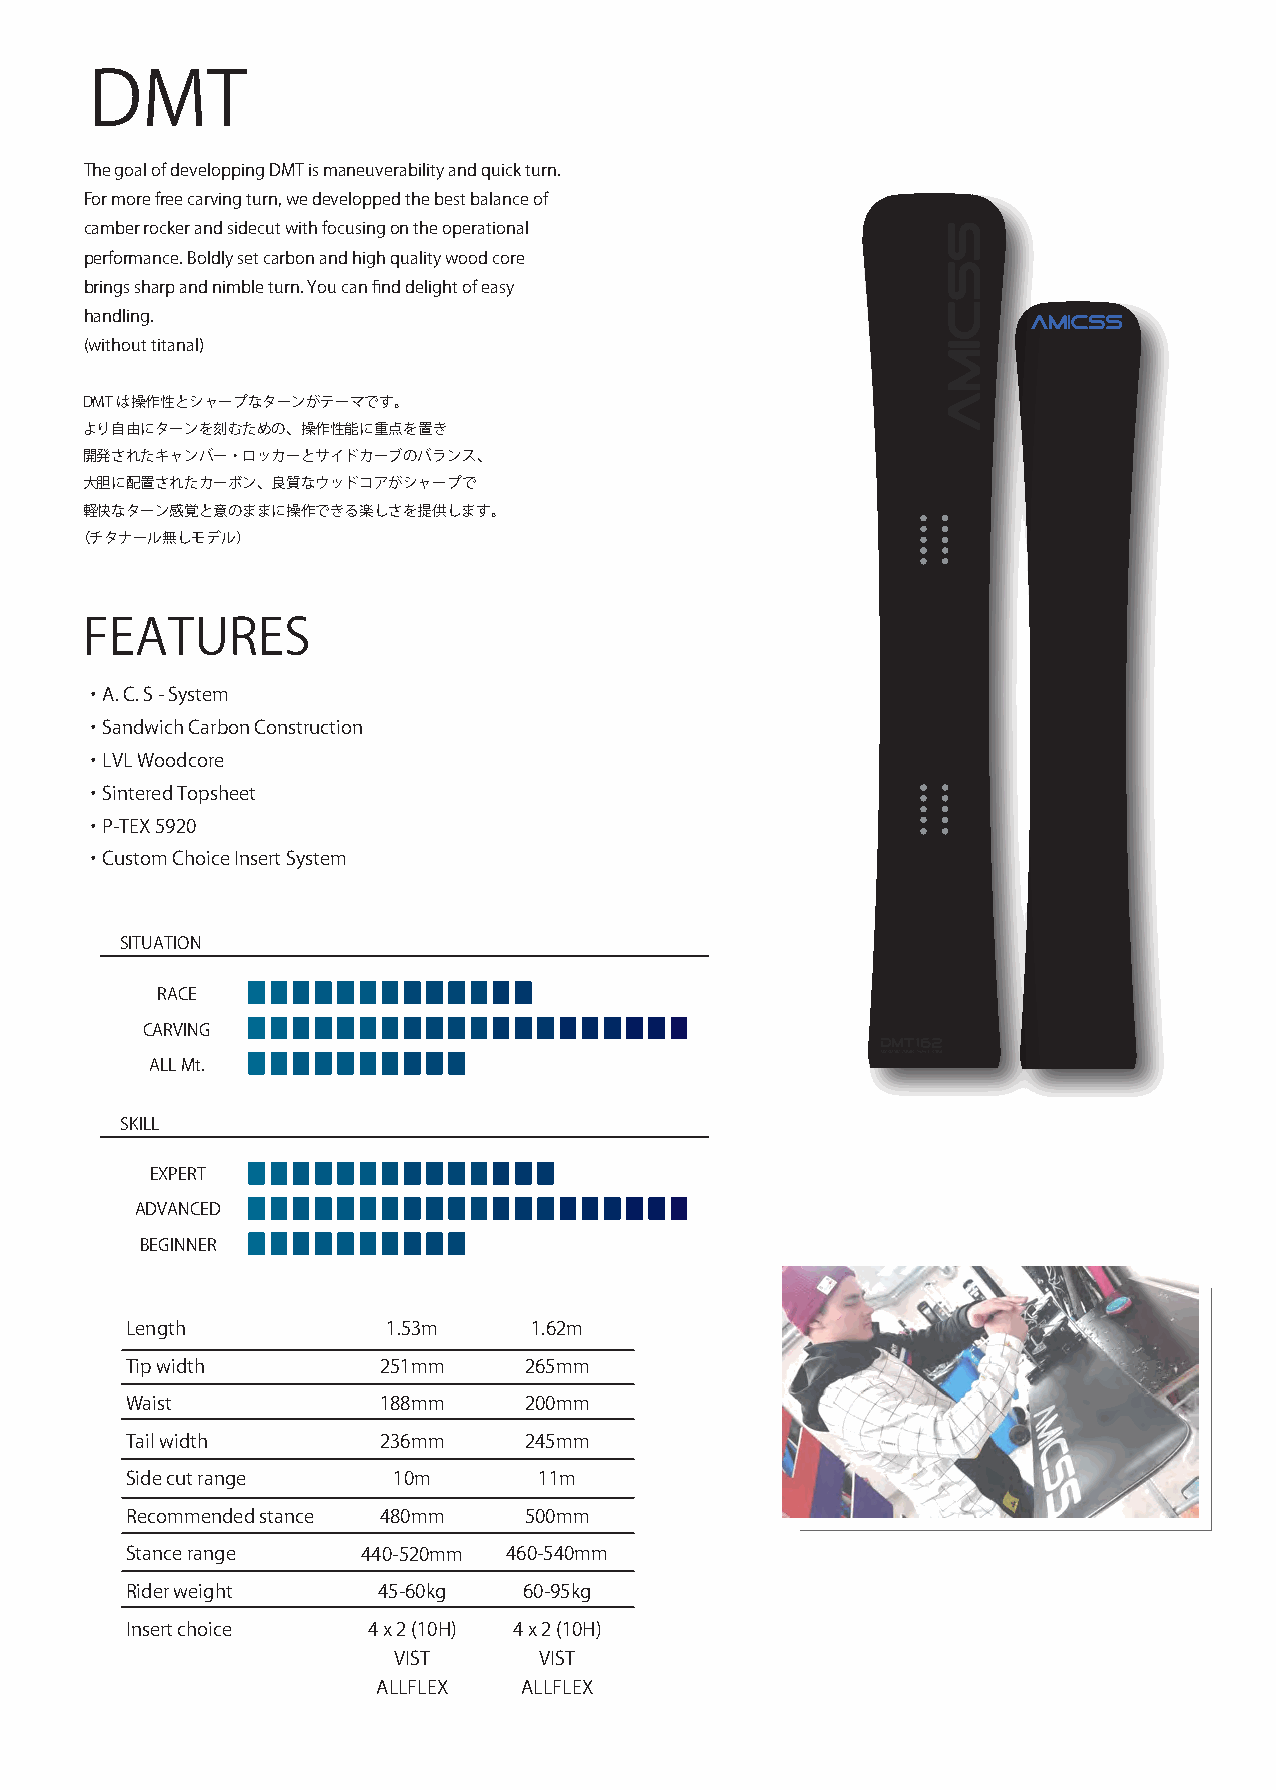
DMT
 The goal of developping DMT is maneuverability and quick turn.
 For more free carving turn, we developped the best balance of
 camber rocker and sidecut with focusing on the operational
 performance. Boldly set carbon and high quality wood core
 brings sharp and nimble turn. You can find delight of easy
 handling.
 (without titanal)
 DMTは操作性とシャープなターンがテーマです。
 より自由にターンを刻むための、操作性能に重点を置き
 開発されたキャンバー・ロッカーとサイドカーブのバランス、
 大胆に配置されたカーボン、良質なウッドコアがシャープで
 軽快なターン感覚と意のままに操作できる楽しさを提供します。
 （チタナール無しモデル）
 FEATURES
 ・ A. C. S - System
 ・ Sandwich Carbon Construction
 ・ LVL Woodcore
 ・ Sintered Topsheet
 ・ P-TEX 5920
 ・ Custom Choice Insert System
 SSIITTUUAATTIIOONN
 RRAACCEE
 CCAARRVVIINNGG
 AALLLL MMtt..
 SSKKIILLLL
 EEXXPPEERRTT
 AADDVVAANNCCEEDD
 BBEEGGIINNNNEERR
 Length            1.53m    1.62m
 Tip width        251mm     265mm
 Waist            188mm     200mm
 Tail width       236mm     245mm
 Side cut range    10m       11m
 Recommended stance 480mm   500mm
 Stance range    440-520mm 460-540mm
 Rider weight     45-60kg   60-95kg
 Insert choice   4 x 2 (10H) 4 x 2 (10H)
 VIST      VIST
 ALLFLEX  ALLFLEX